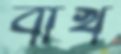
বাখ